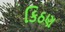
કિઠણ